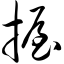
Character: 握